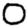
Digit: 0